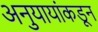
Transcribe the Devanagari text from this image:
अनुयायांकडून